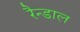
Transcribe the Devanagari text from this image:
रैन्डाल